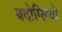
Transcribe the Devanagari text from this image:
बदोग्लियो